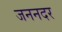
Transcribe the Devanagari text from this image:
जननदर